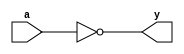
module not_gate(y,a);
  output y;
  input a;
  
  not(y,a);
endmodule

//tst bnch

module t_not_gate();
  wire y;
  reg a;
    not_gate a1(y,a);
  
  initial
  begin
    a=1'b0;
    #25;
    a=1'b1;
    #25;
  end
endmodule